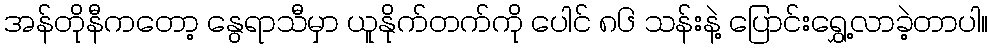
အန်တိုနီကတော့ နွေရာသီမှာ ယူနိုက်တက်ကို ပေါင် ၈၆ သန်းနဲ့ ပြောင်းရွှေ့လာခဲ့တာပါ။